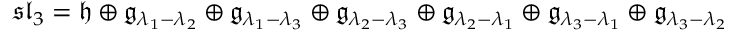
{ \mathfrak { s l } } _ { 3 } = { \mathfrak { h } } \oplus { \mathfrak { g } } _ { \lambda _ { 1 } - \lambda _ { 2 } } \oplus { \mathfrak { g } } _ { \lambda _ { 1 } - \lambda _ { 3 } } \oplus { \mathfrak { g } } _ { \lambda _ { 2 } - \lambda _ { 3 } } \oplus { \mathfrak { g } } _ { \lambda _ { 2 } - \lambda _ { 1 } } \oplus { \mathfrak { g } } _ { \lambda _ { 3 } - \lambda _ { 1 } } \oplus { \mathfrak { g } } _ { \lambda _ { 3 } - \lambda _ { 2 } }